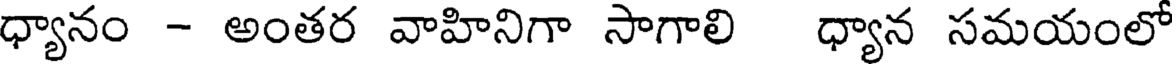
ధ్యానం - అంతర వాహినిగా సాగాలి ధ్యాన సమయంలో